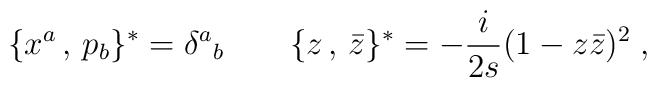
\{x^a\,,\,p_b\}^{\ast}=\delta^{a}{}_{b} \qquad\{z\,,\,\bar{z}\}^{\ast}=-\frac{i}{2s}(1-z\bar{z})^2 \;,